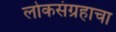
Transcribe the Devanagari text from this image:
लोकसंग्रहाचा